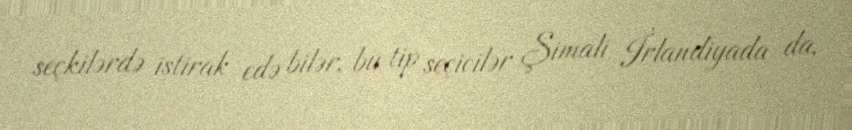
seçkilərdə iştirak edə bilər, bu tip seçicilər Şimali İrlandiyada da,